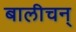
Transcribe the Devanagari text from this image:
बालीचन्